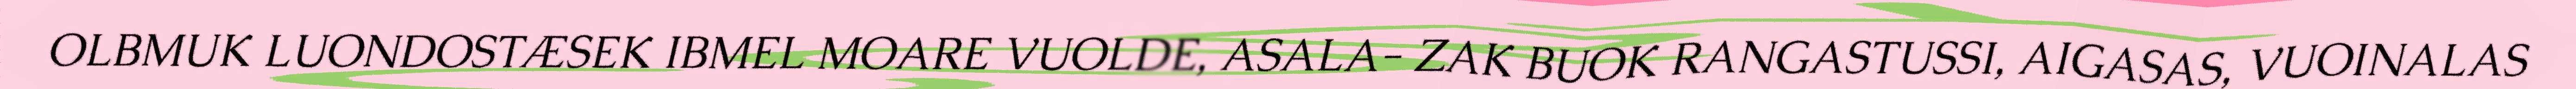
OLBMUK LUONDOSTÆSEK IBMEL MOARE VUOLDE, ASALA- ZAK BUOK RANGASTUSSI, AIGASAS, VUOINALAS